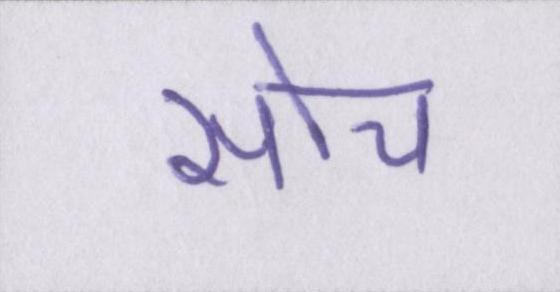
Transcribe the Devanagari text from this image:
सोच